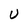
Character: U